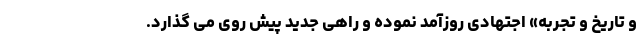
و تاریخ و تجربه» اجتهادی روزآمد نموده و راهی جدید پیش روی می گذارد.